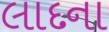
લાદના